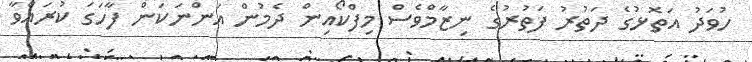
ހުވަދު އަތޮޅުގެ ދަތުރު ފަތުރުގެ ނިޒާމްވެސް މިފްކޯއިން ދެމުން އަންނަކަން ފާހަގަ ކުރައްވާ